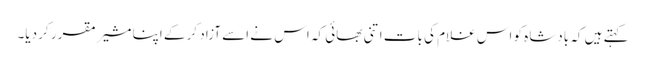
کہتے ہیں کہ بادشاہ کو اس غلام کی بات اتنی بھائی کہ اس نے اسے آزاد کر کے اپنا مشیر مقرر کر دیا۔